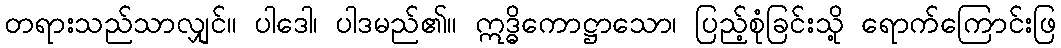
တရားသည်သာလျှင်။ ပါဒေါ၊ ပါဒမည်၏။ ဣဒ္ဓိကောဋ္ဌာသော၊ ပြည့်စုံခြင်းသို့ ရောက်ကြောင်းဖြ